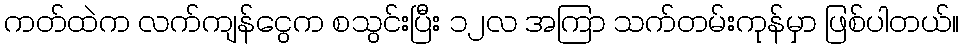
ကတ်ထဲက လက်ကျန်ငွေက စသွင်းပြီး ၁၂လ အကြာ သက်တမ်းကုန်မှာ ဖြစ်ပါတယ်။